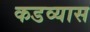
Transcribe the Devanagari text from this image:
कडव्यास